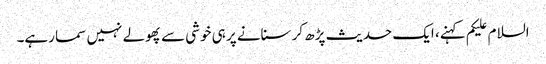
السلام علیکم کہنے، ایک حدیث پڑھ کر سنانے پر ہی خوشی سے پھولے نہیں سما رہے۔